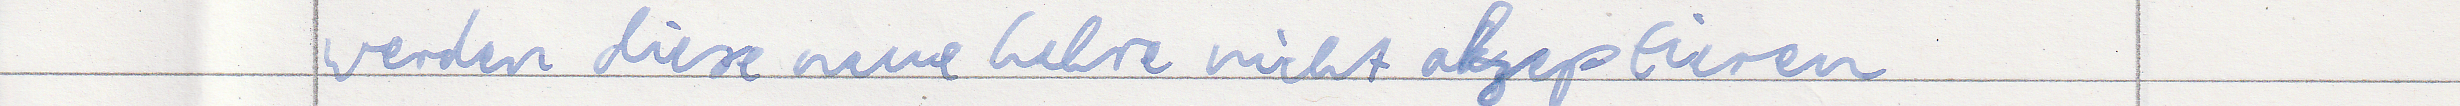
werden diese neue Lehre nicht akzeptieren